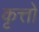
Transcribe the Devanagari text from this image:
कृत्तों